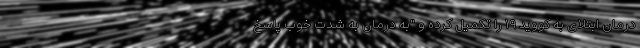
درمان ابتلای به کووید ۱۹ را تکمیل کرده و "به درمان به شدت خوب پاسخ